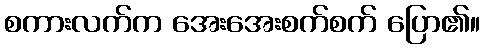
စကားလက်က အေးအေးစက်စက် ပြော၏။